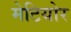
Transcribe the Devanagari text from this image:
मेटियोर